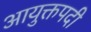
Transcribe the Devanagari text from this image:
आयुक्तपदी